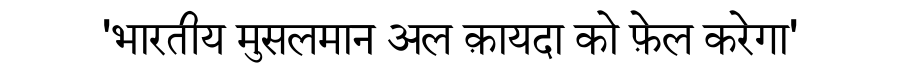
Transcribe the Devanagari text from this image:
'भारतीय मुसलमान अल क़ायदा को फ़ेल करेगा'